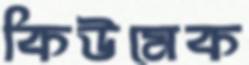
কিউমেক